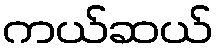
ကယ်ဆယ်